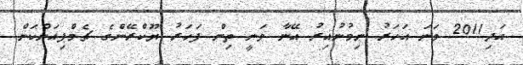
އަދި2011 ވަނަ އަހަރު ނިމުނުއިރު އޭނާ ވަނީ ތިން ފަހަރު ޔޫކްރޭންގެ ޗެމްޕިއަންކަން